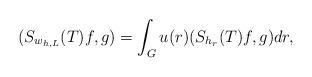
LaTeX: \begin{align*}(S_{w_{h,L}}(T)f,g) = \int_G u(r) (S_{h_r}(T)f,g) dr,\end{align*}